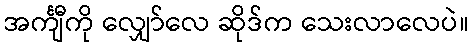
အင်္ကျီကို လျှော်လေ ဆိုဒ်က သေးလာလေပဲ။